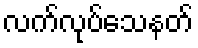
လက်လုပ်သေနတ်